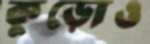
কুড়োও